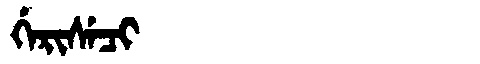
Manchu: ᡤᡝᡵᡳᠰᡝᠴᡳ
Romanization: GERISECI